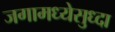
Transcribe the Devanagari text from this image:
जगामध्येसुध्दा